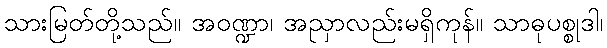
သားမြတ်တို့သည်။ အဝဏ္ဍာ၊ အညှာလည်းမရှိကုန်။ သာဓုပစ္စုဒါ၊